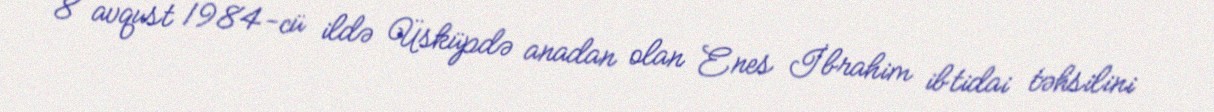
8 avqust 1984-cü ildə Üsküpdə anadan olan Enes İbrahim ibtidai təhsilini